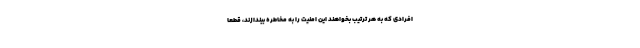
افرادی که به هر ترتیب بخواهند این امنیت را به مخاطره بیندازند، قطعا